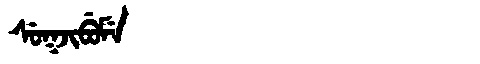
Manchu: ᠰᡠᡴᠵᡳᠪᡠᠮᡝ
Romanization: SUKJIBUME